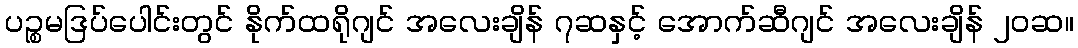
ပဉ္စမဒြပ်ပေါင်းတွင် နိုက်ထရိုဂျင် အလေးချိန် ၇ဆနှင့် အောက်ဆီဂျင် အလေးချိန် ၂၀ဆ။